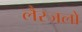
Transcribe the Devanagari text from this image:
लैस्जलो